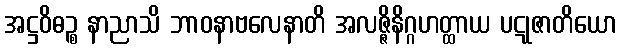
အဋ္ဌဝိဓဉ္စ နာညာသိ ဘာဝနာဗလေနာတိ အလဇ္ဇိနိဂ္ဂဟတ္ထာယ ပဋုဇာတိယော